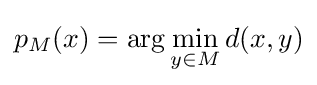
p_{M}(x)=\arg \min _{y\in M}d(x,y)